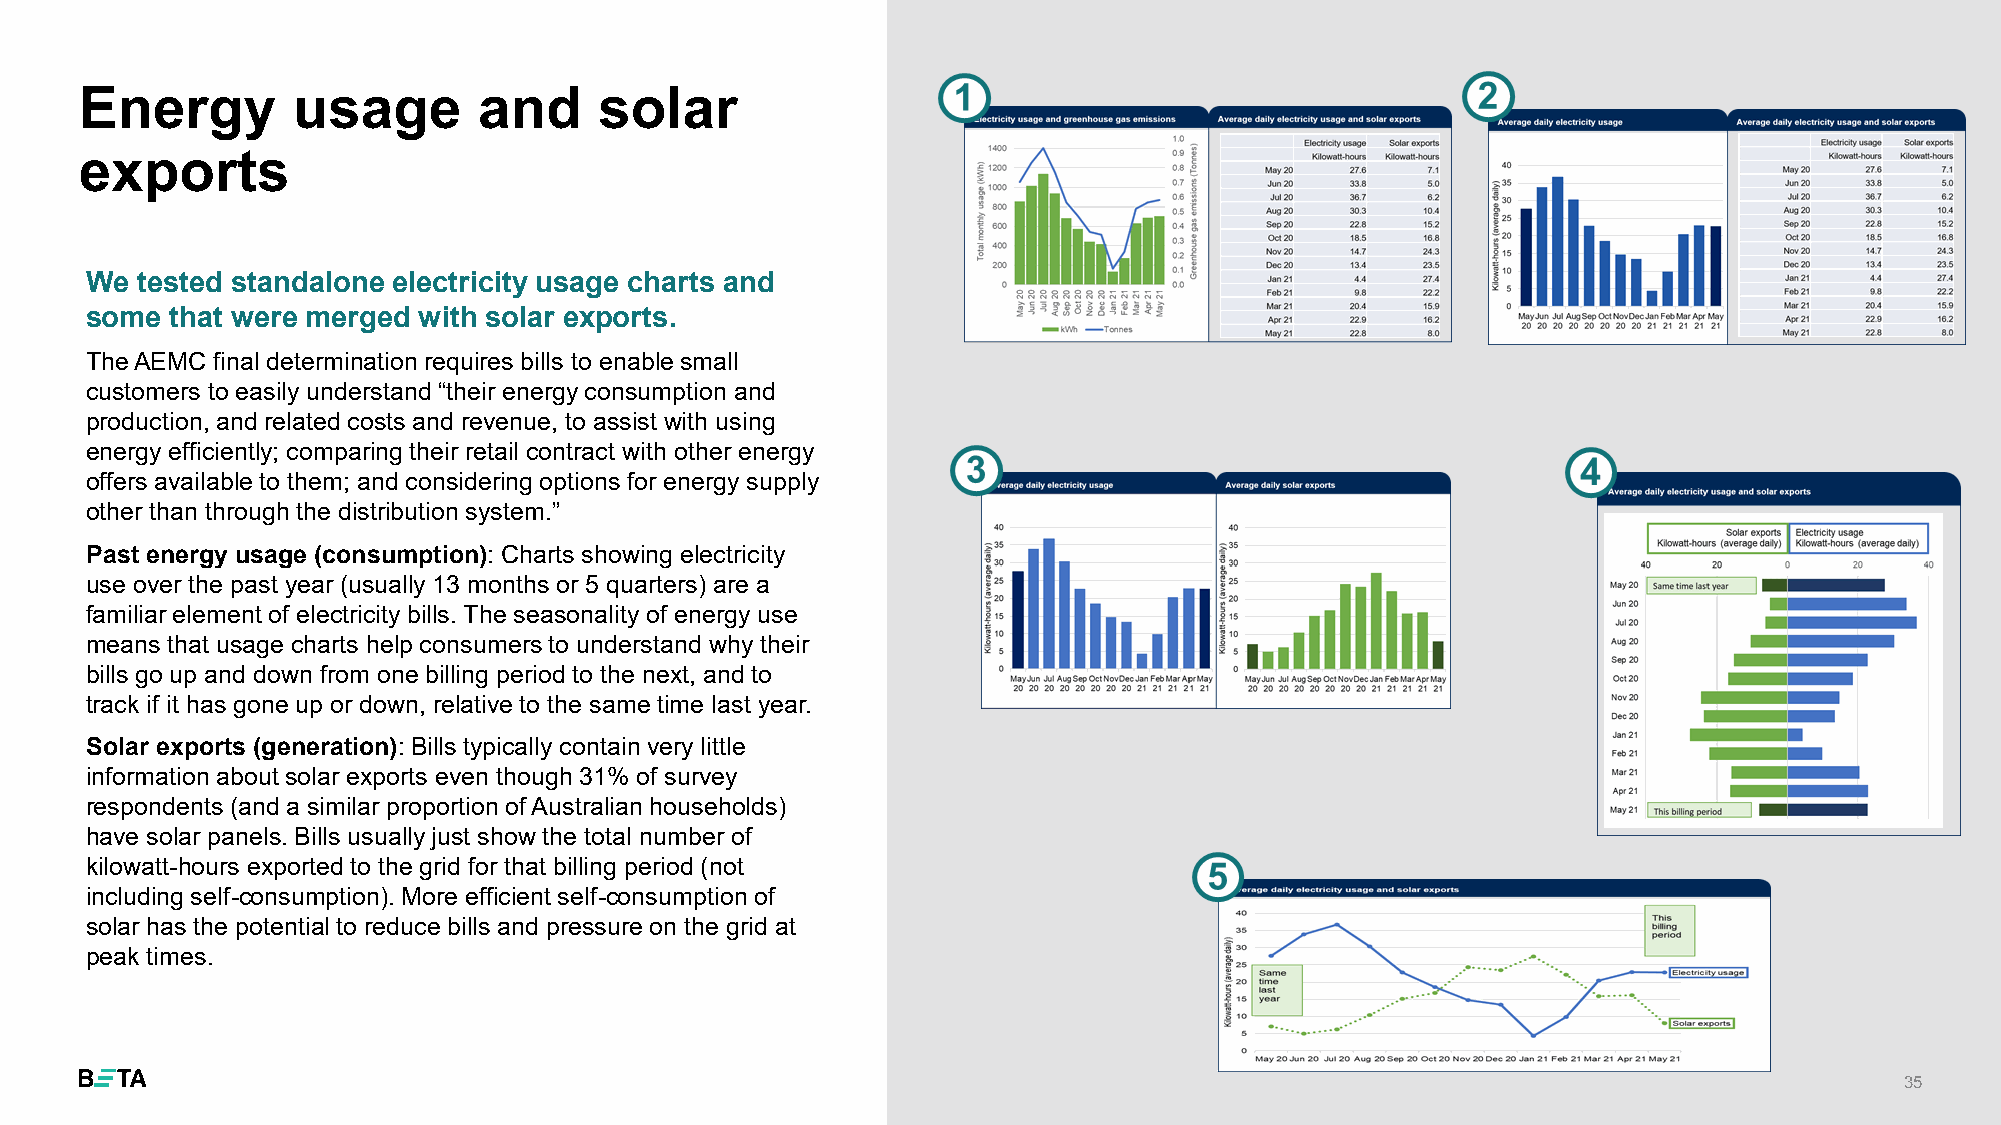
Energy        usage        and     solar
 exports
 We tested standalone electricity usage charts and
 some that were merged with solar exports.
 The AEMC final determination requires bills to enable small
 customers to easily understand “their energy consumption and
 production, and related costs and revenue, to assist with using
 energy efficiently; comparing their retail contract with other energy
 offers available to them; and considering options for energy supply
 other than through the distribution system.”
 Past energy usage (consumption): Charts showing electricity
 use over the past year (usually 13 months or 5 quarters) are a
 familiar element of electricity bills. The seasonality of energy use
 means that usage charts help consumers to understand why their
 bills go up and down from one billing period to the next, and to
 track if it has gone up or down, relative to the same time last year.
 Solar exports (generation): Bills typically contain very little
 information about solar exports even though 31% of survey
 respondents (and a similar proportion of Australian households)
 have solar panels. Bills usually just show the total number of
 kilowatt-hours exported to the grid for that billing period (not
 including self-consumption). More efficient self-consumption of
 solar has the potential to reduce bills and pressure on the grid at
 peak times.
 35